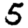
Digit: 5